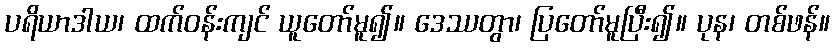
ပရိယာဒါယ၊ ထက်ဝန်းကျင် ယူတော်မူ၍။ ဒေဿတွာ၊ ပြတော်မူပြီး၍။ ပုန၊ တစ်ဖန်။